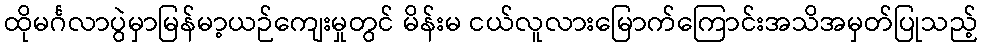
ထိုမင်္ဂလာပွဲမှာမြန်မာ့ယဉ်ကျေးမှုတွင် မိန်းမ ငယ်လူလားမြောက်ကြောင်းအသိအမှတ်ပြုသည့်